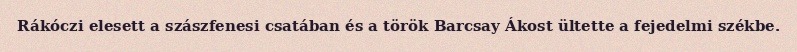
Rákóczi elesett a szászfenesi csatában és a török Barcsay Ákost ültette a fejedelmi székbe.